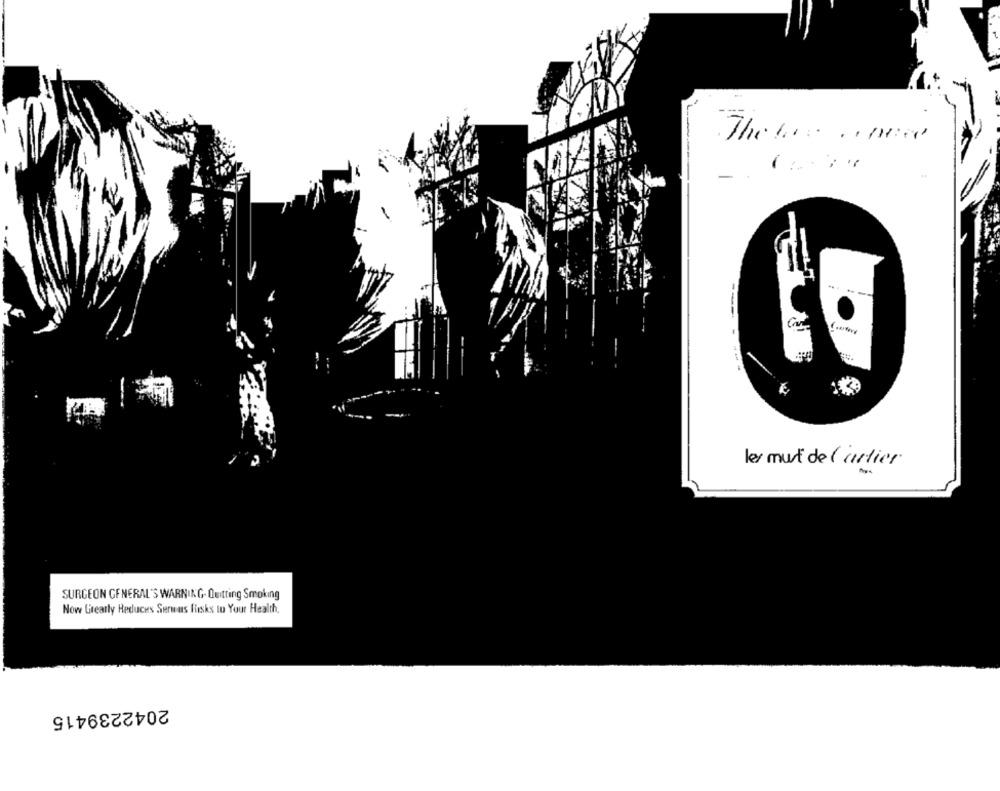
These cond
--
les must de Cartier
SURGEON GENERAL'S WARNING- Quitting Smoking
Now Urearly Reduces Serwus Risks to Your Health,
2042239415